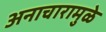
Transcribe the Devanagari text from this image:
अनाचारामुळे